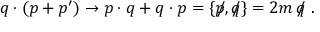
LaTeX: q \cdot ( p + p ^ { \prime } ) \to p \cdot q + q \cdot p = \{ p \! \! \! / , q \! \! \! / \} = 2 m \, q \! \! \! / \, \, .